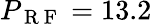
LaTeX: P_{\mathrm{~R~F~}}=13.2